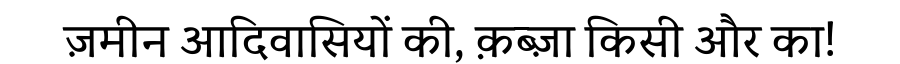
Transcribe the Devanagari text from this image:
ज़मीन आदिवासियों की, क़ब्ज़ा किसी और का!